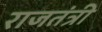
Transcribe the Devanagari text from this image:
राजतंत्री